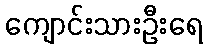
ကျောင်းသားဦးရေ